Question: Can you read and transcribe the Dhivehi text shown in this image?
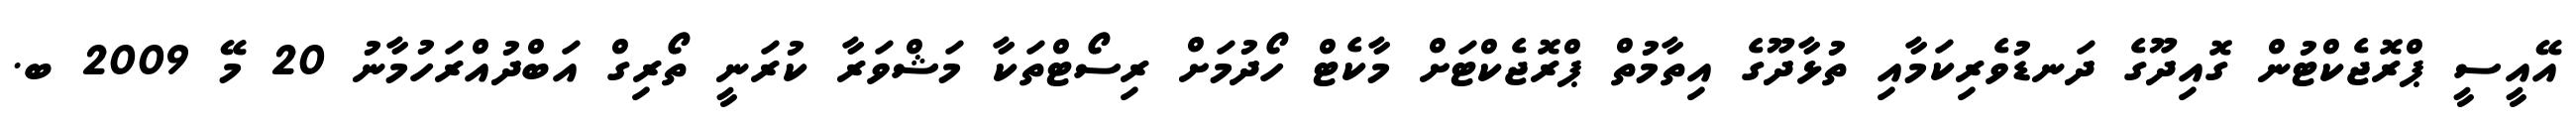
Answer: އޭއީސީ ޕްރޮޖެކްޓުން ގޮއިދޫގެ ދަނޑުވެރިކަމާއި ތުޅާދޫގެ އިތާމުތް ޕްރޮޖެކްޓަށް މާކެޓް ހޯދުމަށް ރިސޯޓްތަކާ މަޝްވަރާ ކުރަނީ ތޯރިގް އަބްދުއްރަހުމާނު 20 މޭ 2009 ބ.